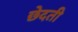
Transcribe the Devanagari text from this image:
छेदती